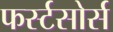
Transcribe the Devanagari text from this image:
फर्स्टसोर्स